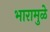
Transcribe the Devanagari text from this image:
भारामुळे